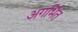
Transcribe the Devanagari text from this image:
अगर्भित